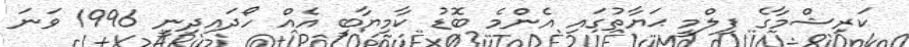
ކަރިޝްމާގެ ފިލްމީ ޙަޔާތުގައި އެންމެ ބޮޑު ކާމިޔާބީ އެއް ހޯދައިދިނީ 1996 ވަނަ